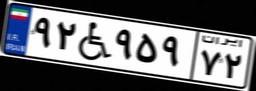
۹۲W۹۵۹۷۲